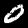
Label: 0